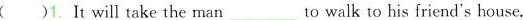
( )1. It will take the man ___to walk to his friend's house.